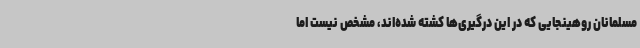
مسلمانان روهینجایی که در این درگیری‌ها کشته شده‌اند، مشخص نیست اما